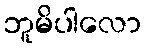
ဘူမိပါလော